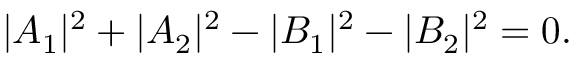
\quad | A _ { 1 } | ^ { 2 } + | A _ { 2 } | ^ { 2 } - | B _ { 1 } | ^ { 2 } - | B _ { 2 } | ^ { 2 } = 0 .